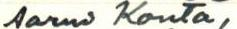
Aarni Kouta,